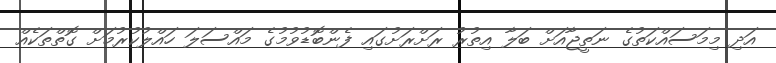
އަދި މިމަސައްކަތުގެ ނަތީޖާއަށް ބަލާ އިތުރު ރަށްރަށުގައި ފެންބޮޑުވުމުގެ މައްސަލަ ހައްލުކުރުމަށް ގޮތްތަކެއް